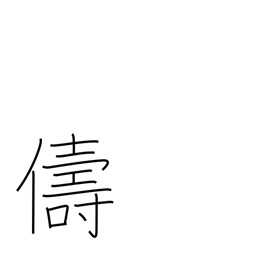
Meaning: similar kind